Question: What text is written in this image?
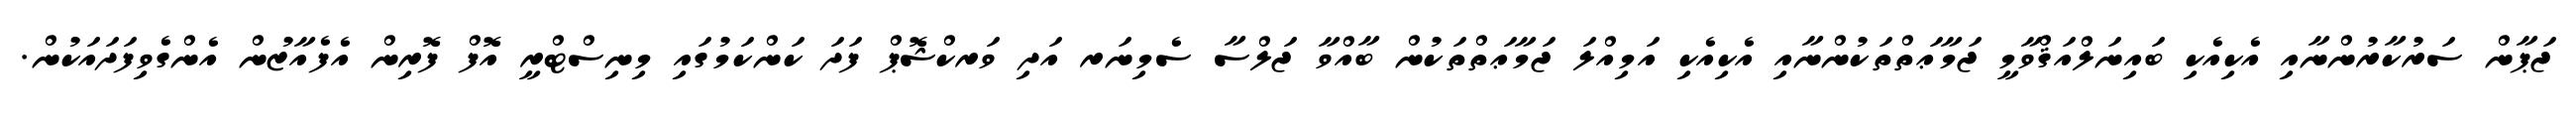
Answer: ޖަޕާން ސަރުކާރުންނާއި އެކިއެކި ބައިނަލްއަޤްވާމީ ޖަމާޢަތްތަކުންނާއި އެކިއެކި އަމިއްލަ ޖަމާޢަތްތަކުން ބާއްވާ ޖަލްސާ ސެމިނަރ އަދި ވަރކްޝޮޕް ފަދަ ކަންކަމުގައި މިނިސްޓްރީ އޮފް ފޮރިން އެފެއާޒުން އެންގެވިފަދައަކުން.